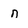
Character: n